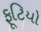
ફૂટિયો